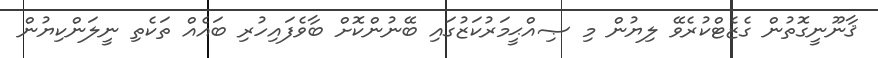
ޤާނޫނީގޮތުން ގެޒެޓްކުރެވޭ ލިޔުން މި ޞިއްޙީމަރުކަޒުގައި ބޭނުންކޮށް ބާވެފައިހުރި ބައެއް ތަކެތި ނީލަންކިޔުން